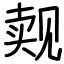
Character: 觌